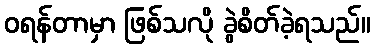
ဝရန်တာမှာ ဖြစ်သလို ခွဲစိတ်ခဲ့ရသည်။